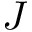
J